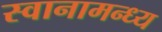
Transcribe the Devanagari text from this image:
स्वानामन्ध्य